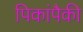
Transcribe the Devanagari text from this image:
पिकांपैकी